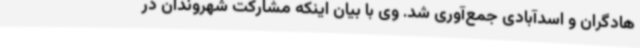
هادگران و اسدآبادی جمع‌آوری شد. وی با بیان اینکه مشارکت شهروندان در